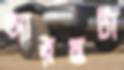
আরম্ভটা